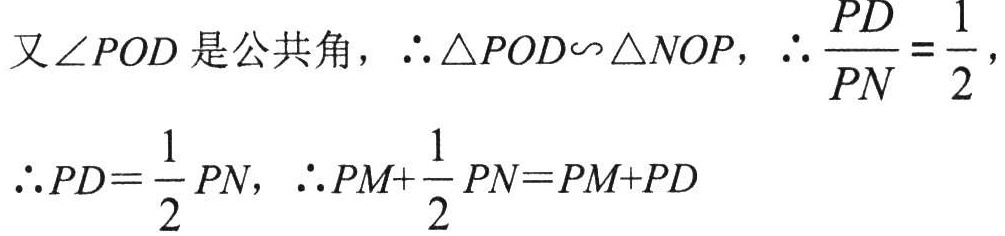
又\(\angle POD\)是公共角，\(\therefore \triangle POD\sim\triangle NOP\)，\(\therefore \dfrac{PD}{PN}=\dfrac{1}{2}\)，
\(\therefore PD = \dfrac{1}{2}PN\)，\(\therefore PM+\dfrac{1}{2}PN=PM + PD\)